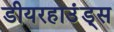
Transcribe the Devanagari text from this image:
डीयरहाउंड्स